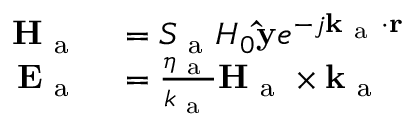
\begin{array} { r l } { \mathbf { H } _ { \mathrm { ~ a ~ } } } & { { } = S _ { \mathrm { ~ a ~ } } H _ { 0 } \mathbf { \hat { y } } e ^ { - j \mathbf { k } _ { \mathrm { ~ a ~ } } \cdot \mathbf { r } } } \\ { \mathbf { E } _ { \mathrm { ~ a ~ } } } & { { } = \frac { \eta _ { \mathrm { ~ a ~ } } } { k _ { \mathrm { ~ a ~ } } } \mathbf { H } _ { \mathrm { ~ a ~ } } \times \mathbf { k } _ { \mathrm { ~ a ~ } } } \end{array}